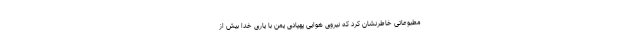
مطبوعاتی خاطرنشان کرد که نیروی هوایی پهپادی یمن با یاری خدا بیش از